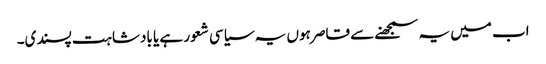
اب میں یہ سمجھنے سے قاصر ہوں یہ سیاسی شعور ہے یا بادشاہت پسندی۔